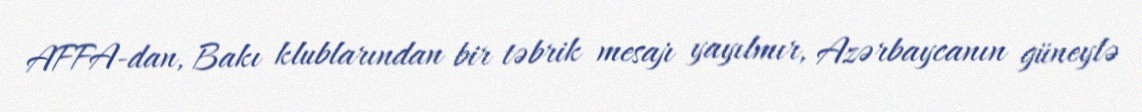
AFFA-dan, Bakı klublarından bir təbrik mesajı yayılmır, Azərbaycanın güneylə